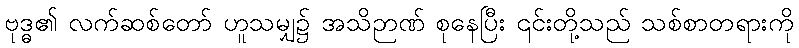
ဗုဒ္ဓ၏ လက်ဆစ်တော် ဟူသမျှ၌ အသိဉာဏ် စုနေပြီး ၎င်းတို့သည် သစ်စာတရားကို